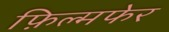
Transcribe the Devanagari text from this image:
फ़िल्मफेर